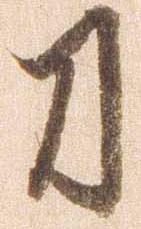
刀